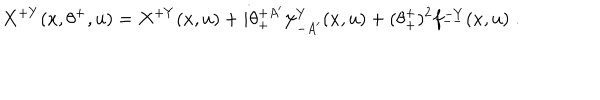
X ^ { + Y } ( x , \theta ^ { + } , u ) = X ^ { + Y } ( x , u ) + i \theta _ { + } ^ { + A ^ { \prime } } \psi _ { - A ^ { \prime } } ^ { Y } ( x , u ) + ( \theta _ { + } ^ { + } ) ^ { 2 } f _ { -- } ^ { - Y } ( x , u ) \; .